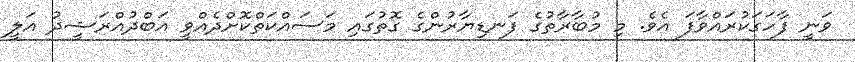
ވަނީ ފާހަގަކުރައްވާފަ އެވެ. މި މުބާރާތުގެ ފަނޑިޔާރުންގެ ގޮތުގައި މަސައްކަތްކޮށްދެއްވީ އަބްދުއްރަޝީދު އަލީ